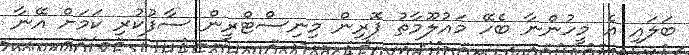
ބަލައި އެ މީހުންނާ ބެހޭ މައުލޫމާތު ފޮރިން މިނިސްޓްރީން ސާފުކުރި ކަމަށް އޭނާ